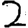
Digit: 2